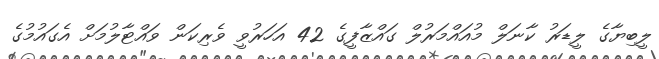
ލީބިޔާގެ ލީޑަރު ކާނަލް މުއައްމަރުލް ގައްޒާފީގެ 42 އަހަރުވީ ވެރިކަން ވައްޓާލުމަށް އެގައުމުގެ